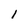
Character: I